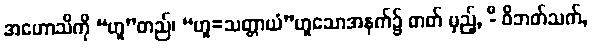
အဟောသိကို “ဟူ”တည်၊ “ဟူ=သတ္တာယံ”ဟူသောအနက်၌ ဓာတ် မှည့်, -ီ ဝိဘတ်သက်,